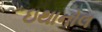
ઇથાનોલ